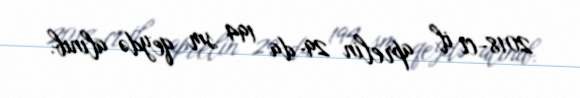
2018-ci il aprelin 29-da 194 sm qeydə alınıb.